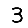
Digit: 3